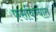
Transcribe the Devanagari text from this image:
फसविण्यात